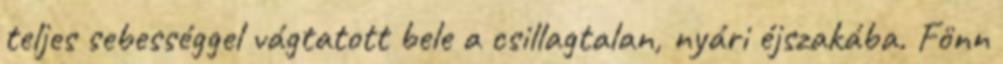
teljes sebességgel vágtatott bele a csillagtalan, nyári éjszakába. Fönn